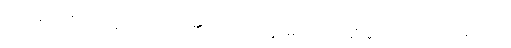
ဤအနက်ကို။ ဒဋ္ဌဗ္ဗော၊ မှတ်ထိုက်၏။ သင်္ဂတိမတ္တမေဝ၊ ပေါင်းဆုံခြင်းမျှသည်သာ။ ဖဿော၊